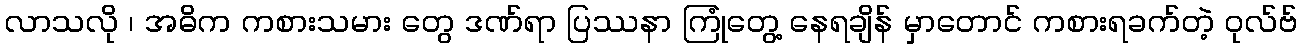
လာသလို ၊ အဓိက ကစားသမား တွေ ဒဏ်ရာ ပြဿနာ ကြုံတွေ့ နေရချိန် မှာတောင် ကစားရခက်တဲ့ ဝုလ်ဗ်